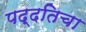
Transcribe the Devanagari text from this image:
पद्दतिचा